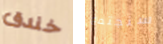
خندق سنجتمع